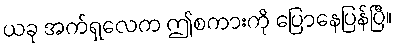
ယခု အက်ရှလေက ဤစကားကို ပြောနေပြန်ပြီ။